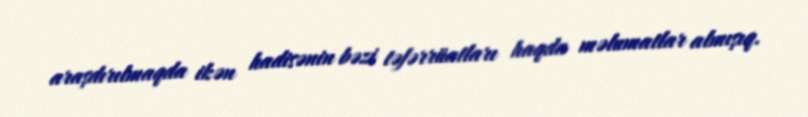
araşdırılmaqda ikən hadisənin bəzi təfərrüatları haqda məlumatlar almışıq.